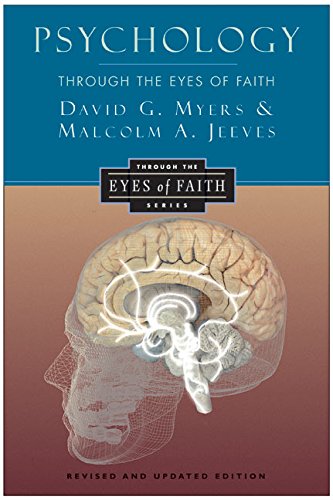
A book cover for Psychology Through the Eyes of Faith; David G., PhD Myers; Religion & Spirituality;